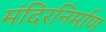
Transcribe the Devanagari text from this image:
मंदिरनिर्माण